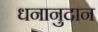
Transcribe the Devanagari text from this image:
धनानुदान